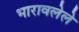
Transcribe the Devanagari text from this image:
भारावलेले